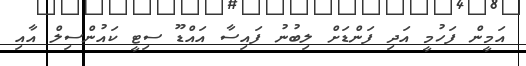
އަމީން ފަހުމީ އަދި ފަންޑަށް ލިބުނު ފައިސާ އައްޑޫ ސިޓީ ކައުންސިލް އާއި